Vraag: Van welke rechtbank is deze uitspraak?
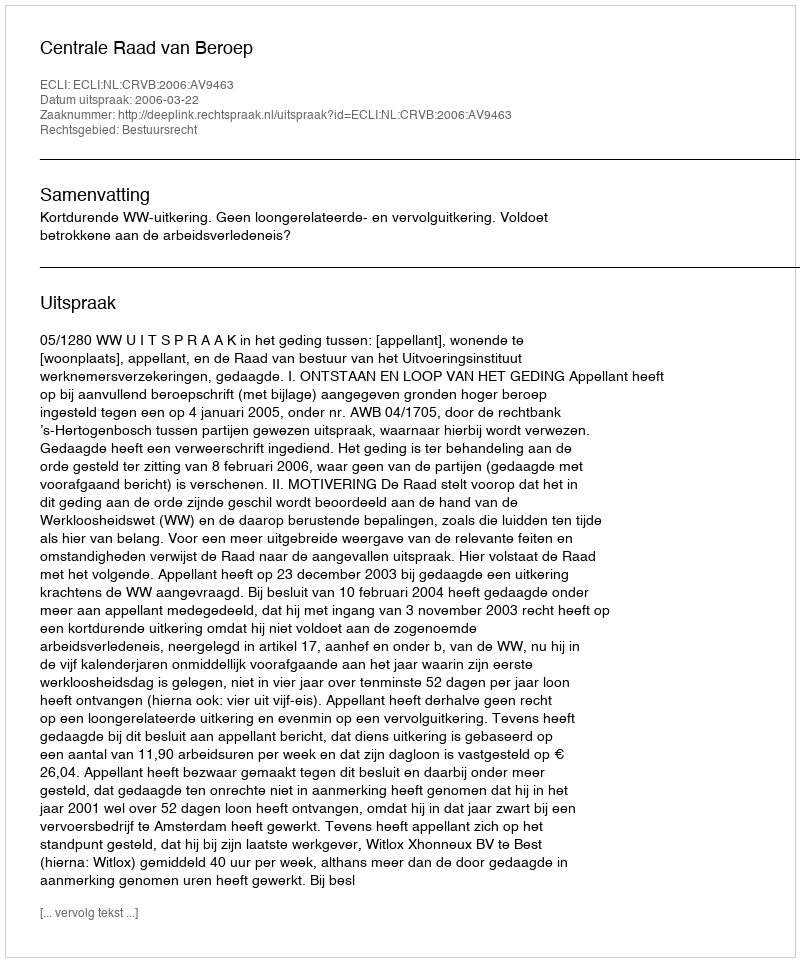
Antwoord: Centrale Raad van Beroep